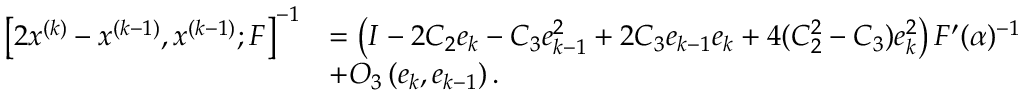
\begin{array} { r l } { \left[ 2 x ^ { ( k ) } - x ^ { ( k - 1 ) } , x ^ { ( k - 1 ) } ; F \right] ^ { - 1 } } & { = \left( I - 2 C _ { 2 } e _ { k } - C _ { 3 } e _ { k - 1 } ^ { 2 } + 2 C _ { 3 } e _ { k - 1 } e _ { k } + 4 ( C _ { 2 } ^ { 2 } - C _ { 3 } ) e _ { k } ^ { 2 } \right) F ^ { \prime } ( \alpha ) ^ { - 1 } } \\ & { + O _ { 3 } \left( e _ { k } , e _ { k - 1 } \right) . } \end{array}